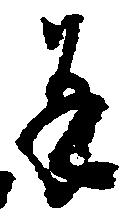
并